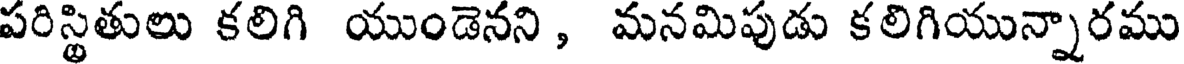
పరిస్థితులు కలిగి యుండెనని , మనమిపుడు కలిగియున్నారము